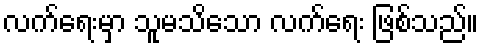
လက်ရေးမှာ သူမသိသော လက်ရေး ဖြစ်သည်။